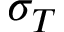
\sigma _ { T }